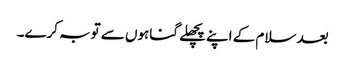
بعد سلام کے اپنے پچھلے گناہوں سے توبہ کرے۔